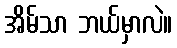
အိမ်သာ ဘယ်မှာလဲ။